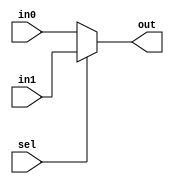
module mux2 #(parameter WIDTH = 4) (
        input  wire             sel,
        input  wire [WIDTH-1:0] in0,
        input  wire [WIDTH-1:0] in1,
        output wire [WIDTH-1:0] out
    );

    assign out = (sel == 1'b1) ? in1 : in0;

endmodule